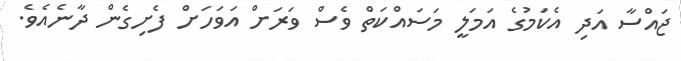
ޖައްސާ އަދި އެކަމުގެ އަމަލީ މަސައްކަތް ވެސް ވަރަށް އަވަހަށް ފެށިގެން ދާނެއެވެ.